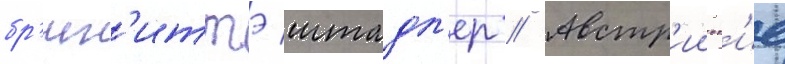
бр'иг'иттэ штадл'ер // Австр'ииск'ие